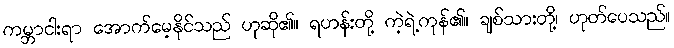
ကမ္ဘာငါးရာ အောက်မေ့နိုင်သည် ဟုဆို၏။ ရဟန်းတို့ ကဲ့ရဲ့ကုန်၏။ ချစ်သားတို့၊ ဟုတ်ပေသည်။